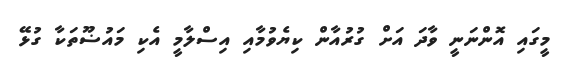
މީގައި އޮންނަނީ ވާދަ އަށް ގުރުއާން ކިޔެވުމާއި އިސްލާމީ އެކި މައުޟޫތަކާ ގުޅޭ